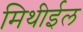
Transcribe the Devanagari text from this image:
मिथीईल